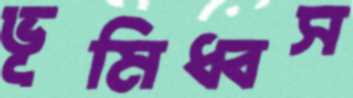
ভূমিধ্বস